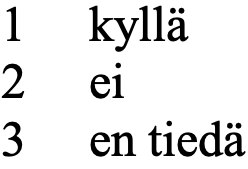
1  kyllä 2  ei 3  en tiedä